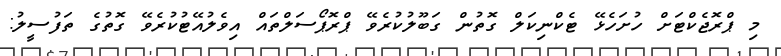
މި ޕްރޮޖެކްޓަށް ހުށަހެޅޭ ޓެކްނިކަލް ގޮތުން ގަބޫލުކުރެވޭ ޕްރޮޕޯސަލްތައް އިވެލުއޭޓުކުރެވޭ ގޮތުގެ ތަފުސީލު: